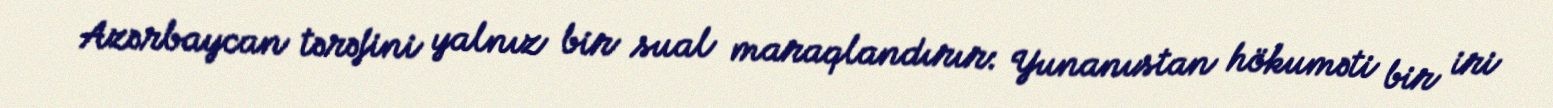
Azərbaycan tərəfini yalnız bir sual maraqlandırır: Yunanıstan hökuməti bir iri